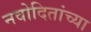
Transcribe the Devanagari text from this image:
नवोदितांच्या